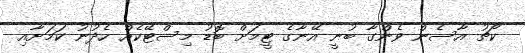
ކޯޗު އާސެން ވެންގާ ބުނީ އޭނާގެ ޓީމަށް ބޮޑު މިސްޓޭކެއް ހެދުނު ކަމަށާއި